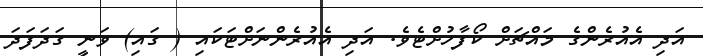
އަދި އެއުރެންގެ މައްޗަށް ކޯފާހުށްޓެވެ. އަދި އެއުރެންނަށްޓަކައި ( ގައި) ވަނީ ގަދަފަދަ